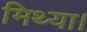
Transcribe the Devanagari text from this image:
मिथ्या।